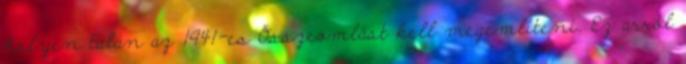
helyen talán az 1941-es Összeomlást kell megemlíteni. Ez arról